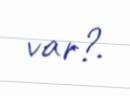
var?.